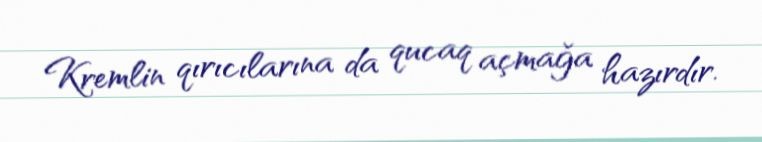
Kremlin qırıcılarına da qucaq açmağa hazırdır.